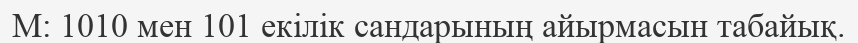
М: 1010 мен 101 екiлiк сандарының айырмасын табайық.